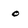
Character: o